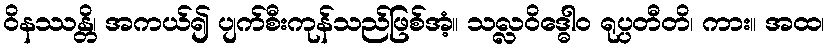
ဝိနဿန္တိ၊ အကယ်၍ ပျက်စီးကုန်သည်ဖြစ်အံ့။ သလ္လဝိဒ္ဓေါဝ ရုပ္ပတီတိ၊ ကား။ အထ၊